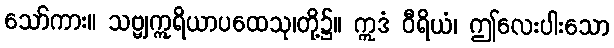
သော်ကား။ သဗ္ဗျဣရိယာပထေသု၊တို့၌။ ဣဒံ ဝီရိယံ၊ ဤလေးပါးသော